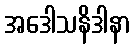
အဒေါသနိဒါနာ